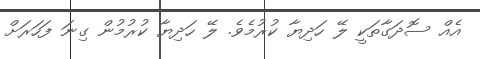
އެއް ސޮދަގާތަކީ ލޭ ހަދިޔާ ކުރުމެވެ. ލޭ ހަދިޔާ ކުރުމުން ގިނަ ފަހަރަށް